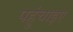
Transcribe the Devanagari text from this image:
पहुंचाइए